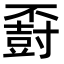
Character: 𪧽